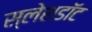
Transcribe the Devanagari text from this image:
स्लेशडॉट